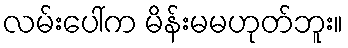
လမ်းပေါ်က မိန်းမမဟုတ်ဘူး။